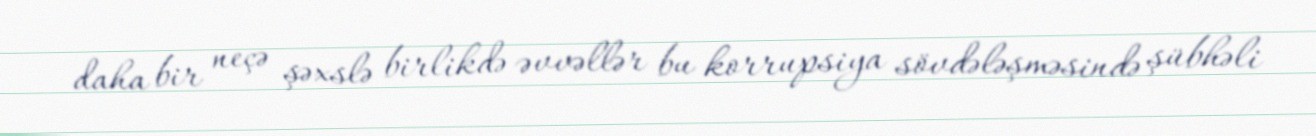
daha bir neçə şəxslə birlikdə əvvəllər bu korrupsiya sövdələşməsində şübhəli